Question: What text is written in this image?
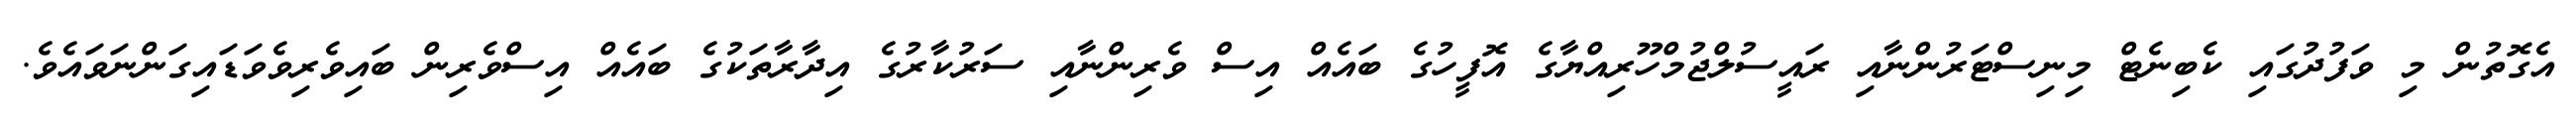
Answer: އެގޮތުން މި ވަފުދުގައި ކެބިނެޓް މިނިސްޓަރުންނާއި ރައީސުލްޖުމްހޫރިއްޔާގެ އޮފީހުގެ ބައެއް އިސް ވެރިންނާއި ސަރުކާރުގެ އިދާރާތަކުގެ ބައެއް އިސްވެރިން ބައިވެރިވެވަޑައިގަންނަވައެވެ.